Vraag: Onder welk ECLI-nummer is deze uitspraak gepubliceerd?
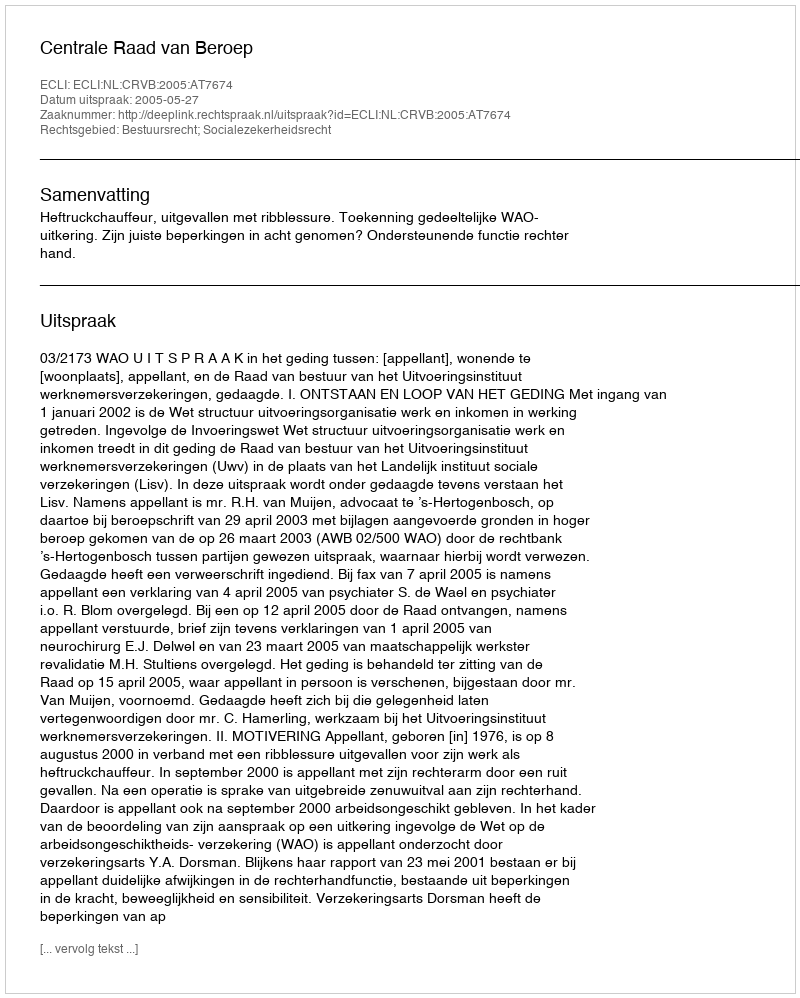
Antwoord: ECLI:NL:CRVB:2005:AT7674